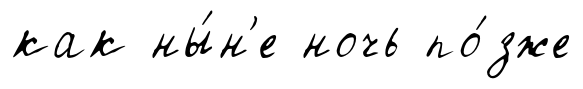
как ны́н'е ночь по́зже